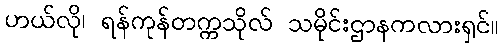
ဟယ်လို၊ ရန်ကုန်တက္ကသိုလ် သမိုင်းဌာနကလားရှင်။